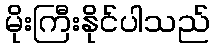
မိုးကြီးနိုင်ပါသည်